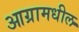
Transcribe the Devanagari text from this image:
आग्रामधील